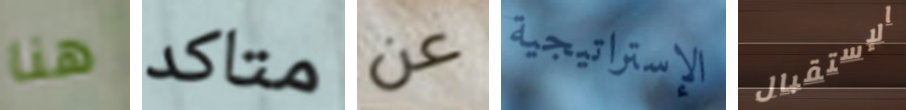
هنا متاكد عن الإستراتيجية الإستقبال